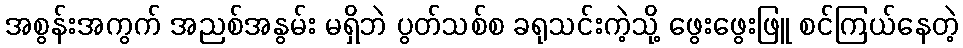
အစွန်းအကွက် အညစ်အနွမ်း မရှိဘဲ ပွတ်သစ်စ ခရုသင်းကဲ့သို့ ဖွေးဖွေးဖြူ စင်ကြယ်နေတဲ့